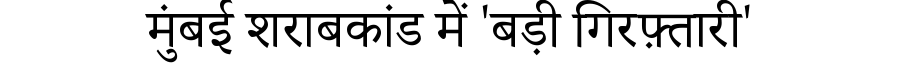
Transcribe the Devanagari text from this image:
मुंबई शराबकांड में 'बड़ी गिरफ़्तारी'